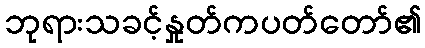
ဘုရားသခင့်နှုတ်ကပတ်တော်၏